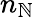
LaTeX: n_{\mathbb{N}}